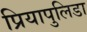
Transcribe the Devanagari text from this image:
प्रियापुलिडा